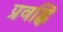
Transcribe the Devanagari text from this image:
प्रवह्लि